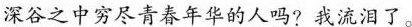
深谷之中穷尽青春年华的人吗?我流泪了。